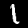
Label: 1